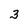
Character: 3